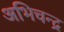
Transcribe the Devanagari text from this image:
अभिचन्द्र